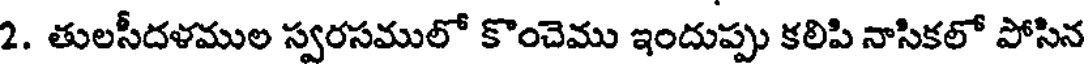
2. తులసీదళముల స్వరసములో కొంచెము ఇందుప్పు కలిపి నాసికలో పోసిన